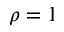
\rho = 1